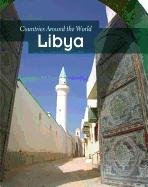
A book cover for Libya (Countries Around the World); Nick Hunter; Children's Books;